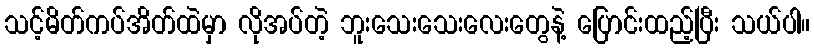
သင့်မိတ်ကပ်အိတ်ထဲမှာ လိုအပ်တဲ့ ဘူးသေးသေးလေးတွေနဲ့ ပြောင်းထည့်ပြီး သယ်ပါ။